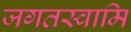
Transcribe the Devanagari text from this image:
जगतस्‍वामि